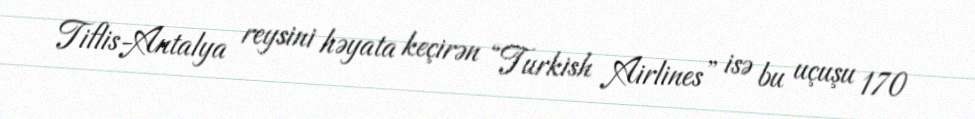
Tiflis-Antalya reysini həyata keçirən “Turkish Airlines” isə bu uçuşu 170